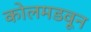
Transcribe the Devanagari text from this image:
कोलमडवून